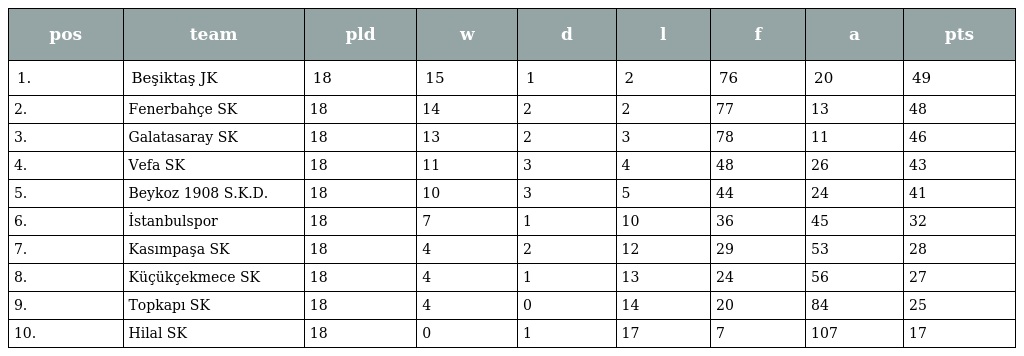
| pos | team | pld | w | d | l | f | a | pts |
 | --- | --- | --- | --- | --- | --- | --- | --- | --- |
 | 1. | Beşiktaş JK | 18 | 15 | 1 | 2 | 76 | 20 | 49 |
 | 2. | Fenerbahçe SK | 18 | 14 | 2 | 2 | 77 | 13 | 48 |
 | 3. | Galatasaray SK | 18 | 13 | 2 | 3 | 78 | 11 | 46 |
 | 4. | Vefa SK | 18 | 11 | 3 | 4 | 48 | 26 | 43 |
 | 5. | Beykoz 1908 S.K.D. | 18 | 10 | 3 | 5 | 44 | 24 | 41 |
 | 6. | İstanbulspor | 18 | 7 | 1 | 10 | 36 | 45 | 32 |
 | 7. | Kasımpaşa SK | 18 | 4 | 2 | 12 | 29 | 53 | 28 |
 | 8. | Küçükçekmece SK | 18 | 4 | 1 | 13 | 24 | 56 | 27 |
 | 9. | Topkapı SK | 18 | 4 | 0 | 14 | 20 | 84 | 25 |
 | 10. | Hilal SK | 18 | 0 | 1 | 17 | 7 | 107 | 17 |